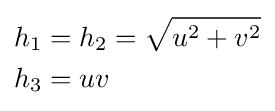
{\begin{aligned}h_{1}&=h_{2}={\sqrt {u^{2}+v^{2}}}\\h_{3}&=uv\end{aligned}}